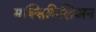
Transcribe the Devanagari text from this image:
मक्सिमिलिअन